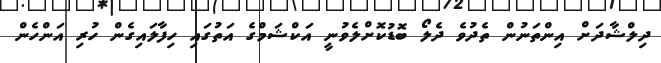
ދިލްޝާދަށް އިންތަނުން ތެދުވެ ދެލޯ ބޮޑުކޮށްލެވުނީ އަކްޝަމްގެ އަތުގައި ހިފާލައިގެން ހުރި އަންހެން